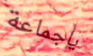
ياجماعة